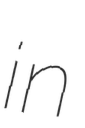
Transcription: in